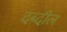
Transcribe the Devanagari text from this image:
दब्दील